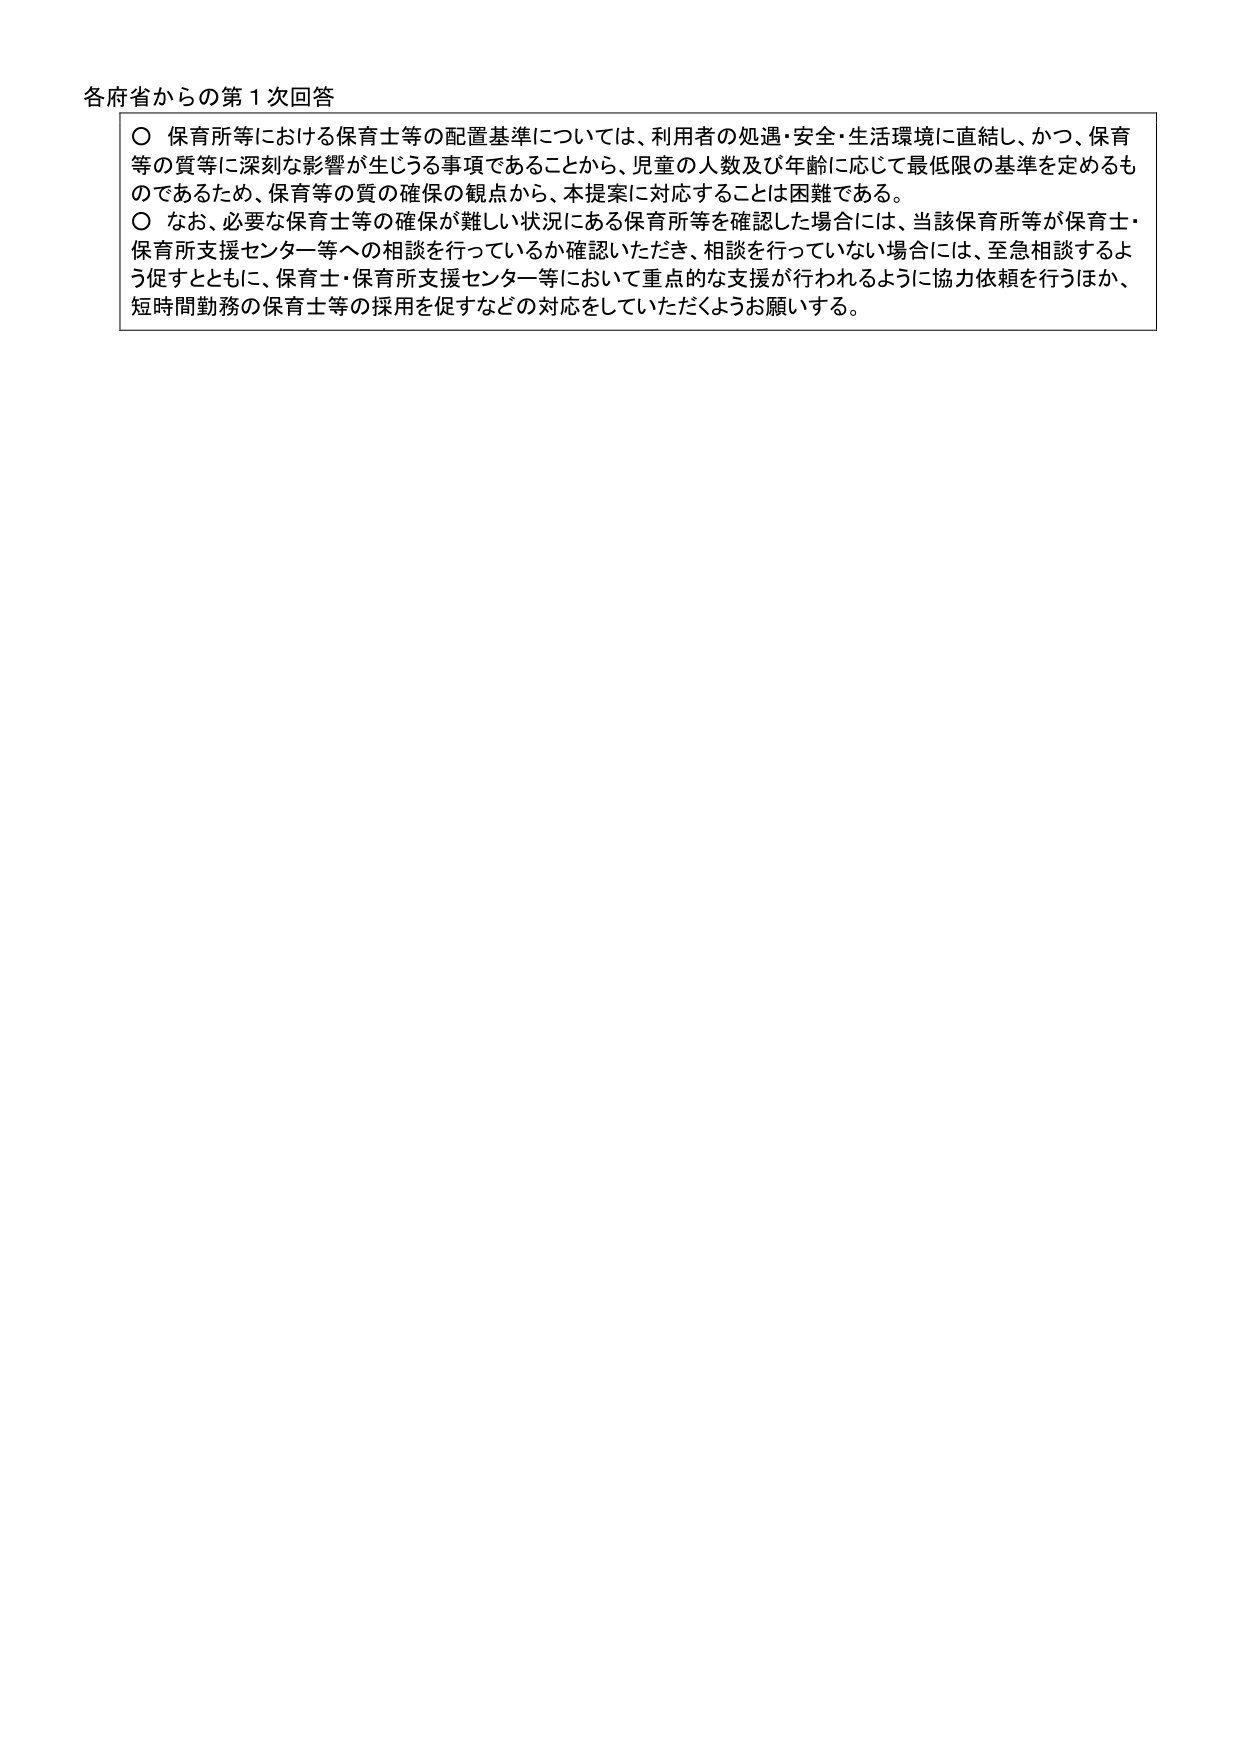
各府省からの第１次回答

○ 保育所等における保育士等の配置基準については、利用者の処遇・安全・生活環境に直結し、かつ、保育等の質等に深刻な影響が生じうる事項であることから、児童の人数及び年齢に応じて最低限の基準を定めるものであるため、保育等の質の確保の観点から、本提案に対応することは困難である。

○ なお、必要な保育士等の確保が難しい状況にある保育所等を確認した場合には、当該保育所等が保育士・保育所支援センター等への相談を行っているか確認いただき、相談を行っていない場合には、至急相談するよう促すとともに、保育士・保育所支援センター等において重点的な支援が行われるように協力依頼を行うほか、短時間勤務の保育士等の採用を促すなどの対応をしていただくようお願いする。